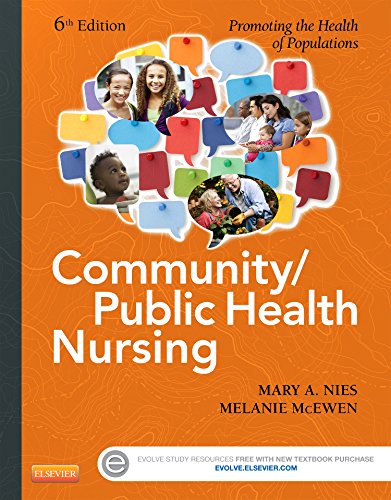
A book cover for Community/Public Health Nursing Online for Nies and McEwen: Community/Public Health Nursing (Access Code), 6e; Mary A. Nies PhD  RN  FAAN  FAAHB; Medical Books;